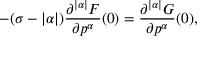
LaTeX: - ( \sigma - | \alpha | ) \frac { \partial ^ { | \alpha | } F } { \partial p ^ { \alpha } } ( 0 ) = \frac { \partial ^ { | \alpha | } G } { \partial p ^ { \alpha } } ( 0 ) ,